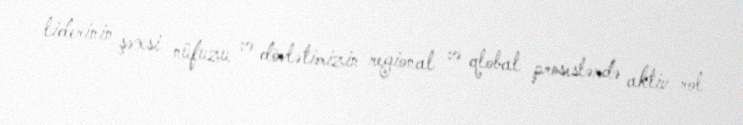
liderinin şəxsi nüfuzu və dövlətimizin regional və qlobal proseslərdə aktiv rol